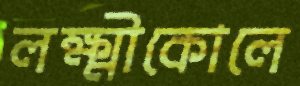
লক্ষ্মীকোলে